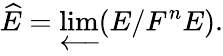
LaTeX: {\widehat{E}}=\varprojlim(E/F^{n}E).